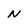
Character: N